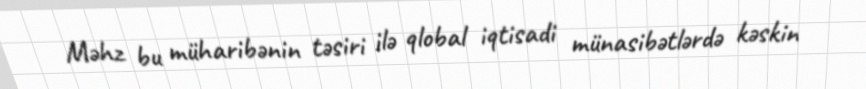
Məhz bu müharibənin təsiri ilə qlobal iqtisadi münasibətlərdə kəskin